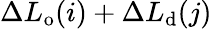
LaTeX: \Delta L_{\mathrm{o}}(i)+\Delta L_{\mathrm{d}}(j)